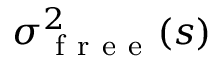
\sigma _ { \mathrm { ~ f ~ r ~ e ~ e ~ } } ^ { 2 } ( s )